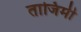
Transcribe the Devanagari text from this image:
ताजिमी